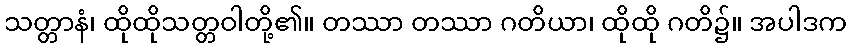
သတ္တာနံ၊ ထိုထိုသတ္တဝါတို့၏။ တဿာ တဿာ ဂတိယာ၊ ထိုထို ဂတိ၌။ အပါဒက